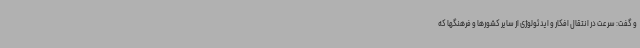
و گفت: سرعت در انتقال افکار و ایدئولوژی از سایر کشورها و فرهنگها که